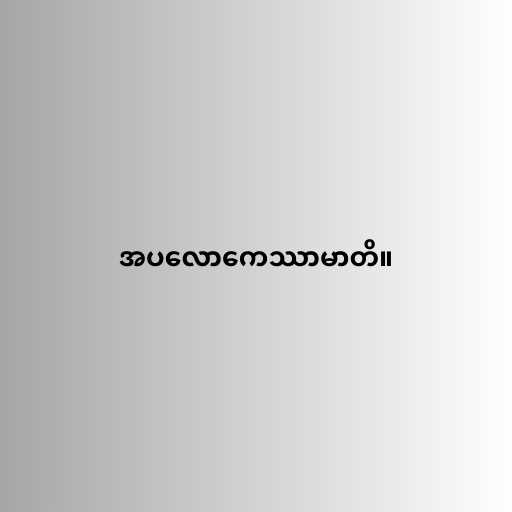
အပလောကေဿာမာတိ။